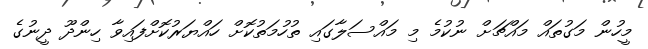
މީހުން މަގުތައް މައްޗަށް ނުކުމެ މި މައްސަލާގައި ތުހުމަތުކޮށް ހައްޔަރުކޮށްފައިވާ ހިންދޫ ދީނުގެ